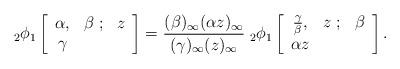
LaTeX: \begin{align*}_{2}\phi_{1}\left[\begin{array}{ccc} \alpha,&\beta\; ;&z\\\gamma& \end{array}\right]=\frac{(\beta)_{\infty}(\alpha z)_{\infty}}{(\gamma)_{\infty}(z)_{\infty}}\;_{2}\phi_{1}\left[\begin{array}{ccc} \frac{\gamma}{\beta},&z\; ;&\beta\\\alpha z& \end{array}\right].\end{align*}